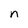
Character: n